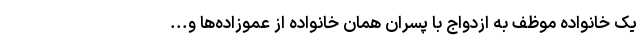
یک خانواده موظف به ازدواج با پسران همان خانواده از عموزاده‌ها و...